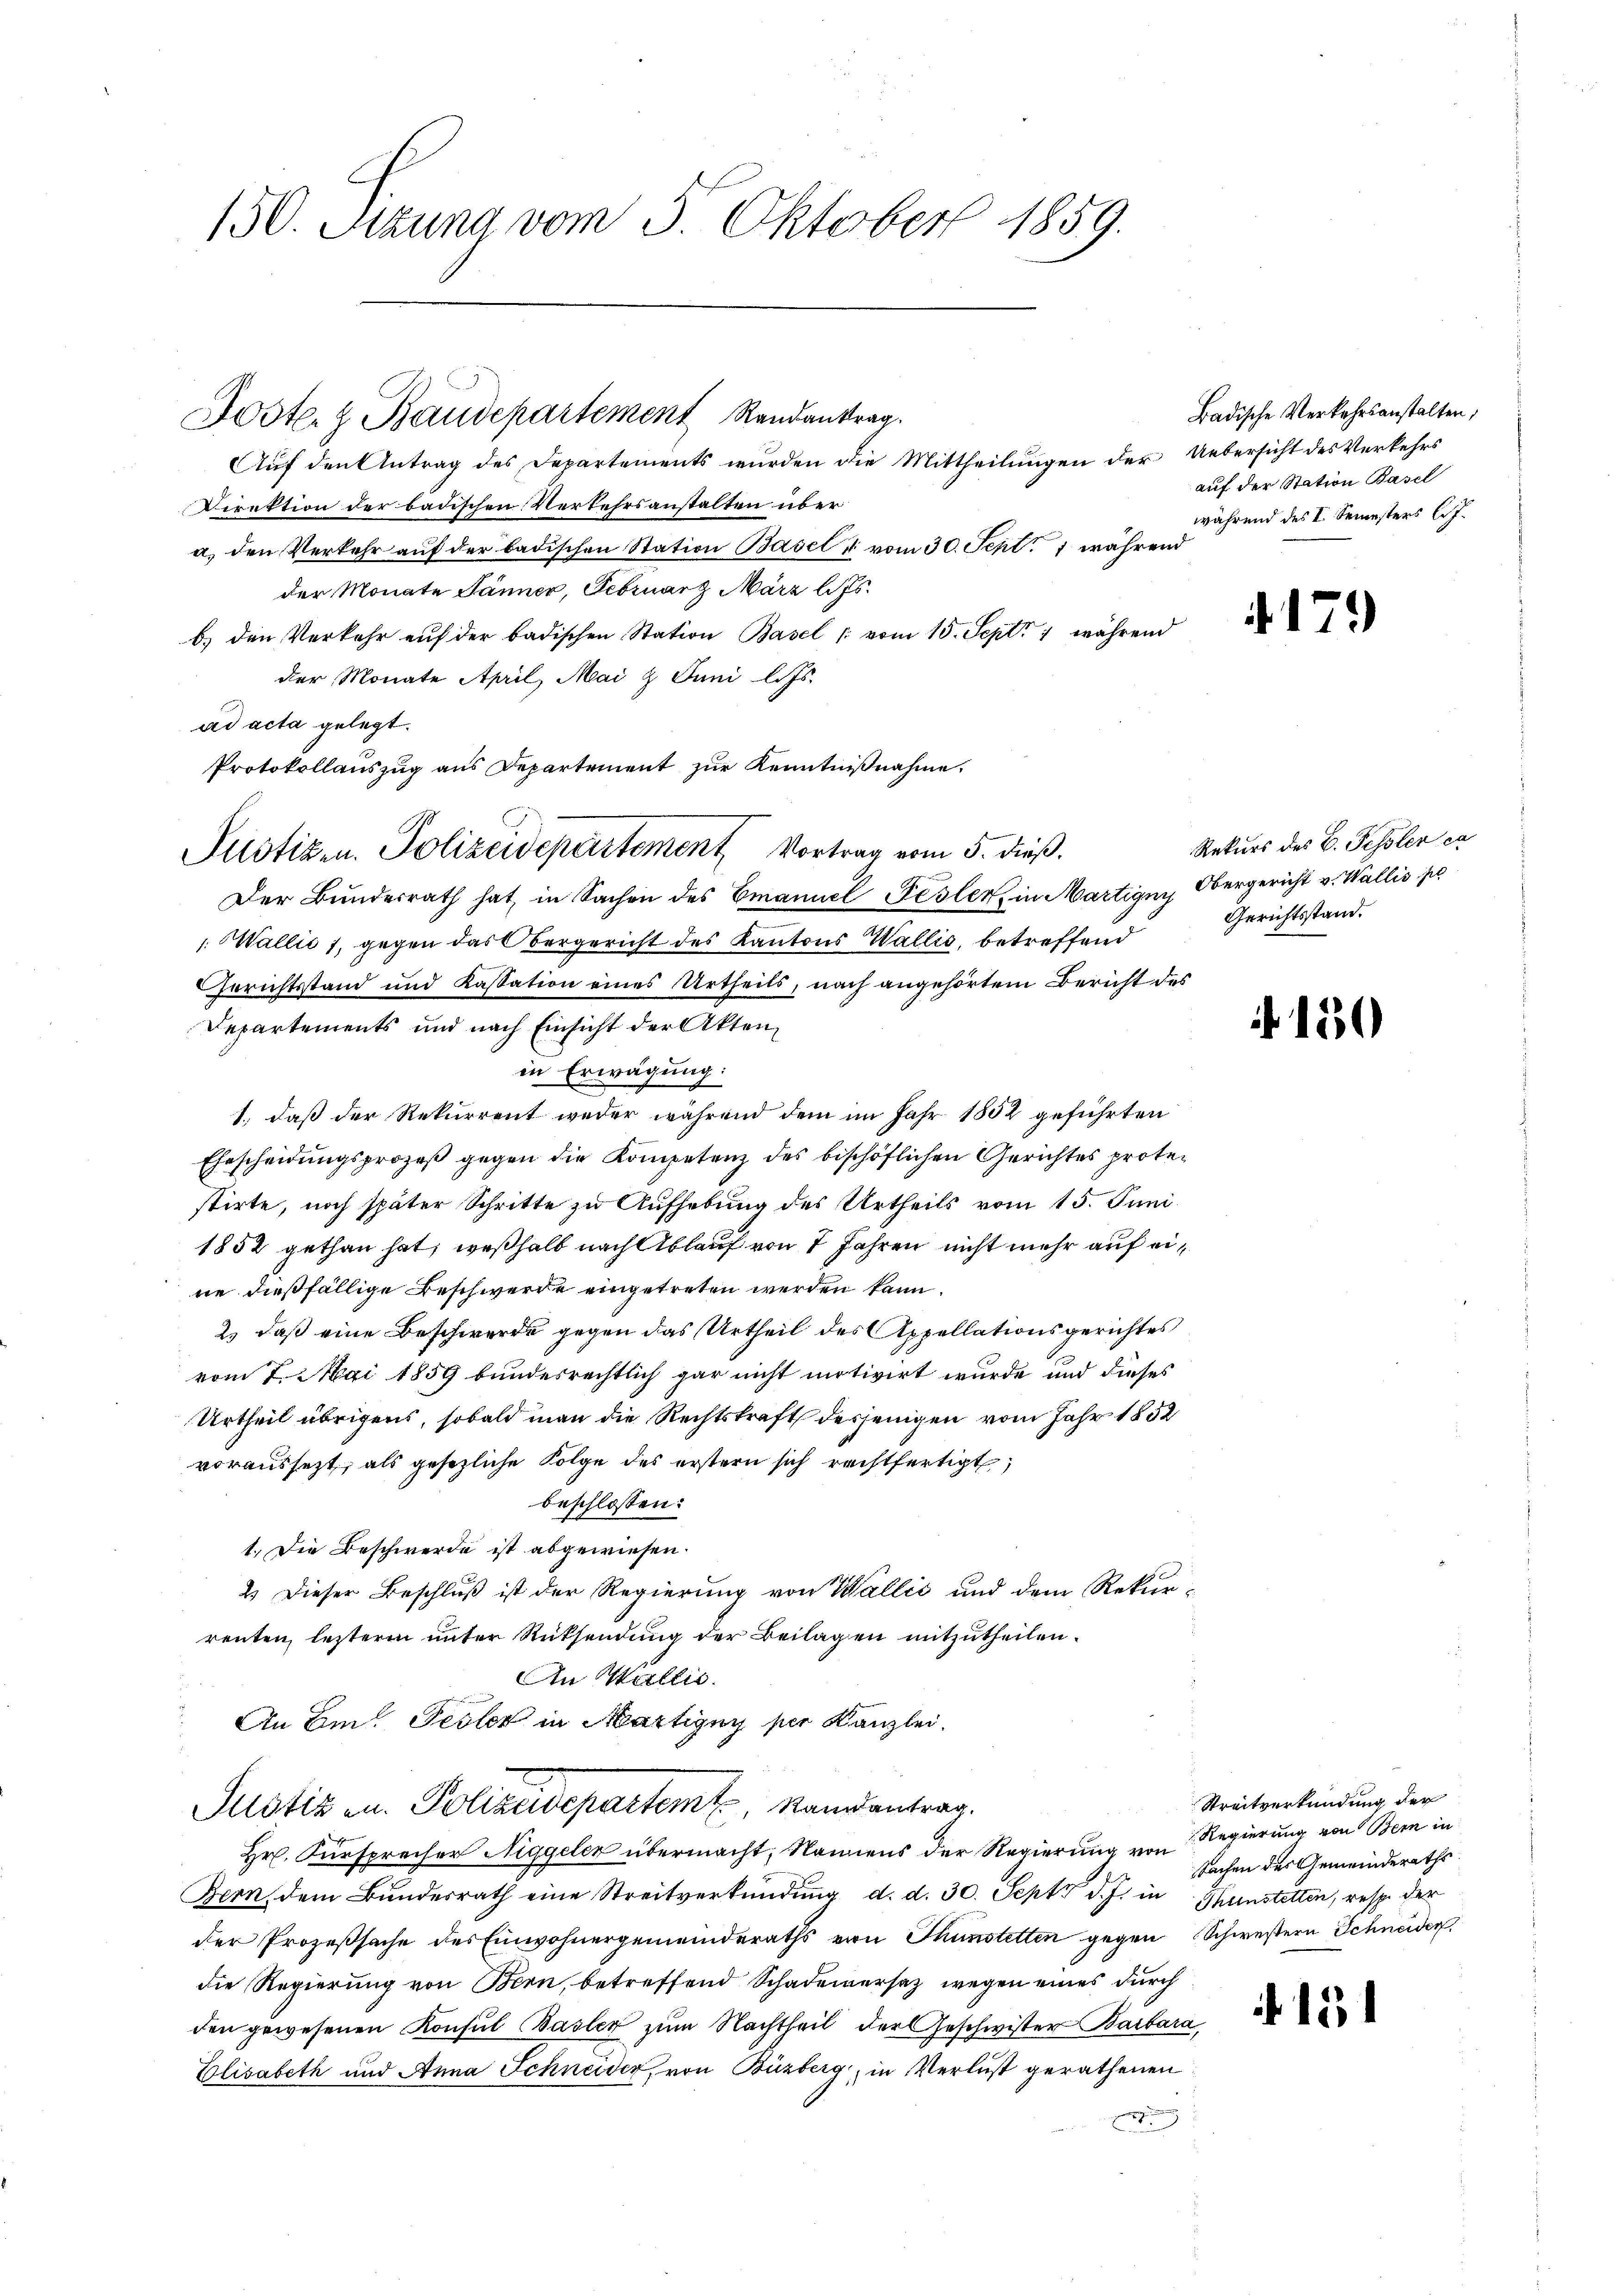
150. Sitzung vom 3. Oktober 1859.

Auf den Antrag des Departements wurden die Mittheilungen der Uebersicht des Verkehrs
Direktion der badischen Verkehrsanstalten über
a) den Verkehr auf der badischen Station Basel & vom 30. Sept. 1 während
der Monate Jänner, Februarz März l. Js.
b.) den Verkehr aŭf der badischen Station Basel vom 15. Sept. 1 während
der Monate April, Mai & Juni l. Js.
ad acta gelegt.
Protokollauszug aus Departement zur Kenntnißnahme,
Der Bundesrath hat, in Sachen des Emanuel Festen, in Martigny Obergericht v. Wallis se
: Wallić 1, gegen das Obergericht des Kantons Wallis, betreffend
Gerichtsstand und Kassation eines Urtheils, nach angehörtem Bericht des
Departements und nach Einsicht der Aktenin Erwägung:
1., daß der Rekurrent weder während dem im Jahr 1852 geführten
Ehescheidŭngsprozeβ gegen die Kompetenz des bischöflichen Gerichtes protestirte, noch später Schritte zu Aufhebung des Urtheils vom 15. Juni
1852 gethan hat; weßhalb nach Ablauf von 7 Jahren nicht mehr auf eine dießfällige Beschwerde eingetreten werden kann.
2) daß eine Beschwerde gegen das Urtheil des Appellationsgerichtes
vom 7. Mai 1859 bundesrechtlich gar nicht motivirt wurde und dieses
Urtheil übrigens, sobald man die Rechtskraft desjenigen vom Jahr 1852
voraussezt, als gesezliche Folge des erstern sich rechtfertigt,
beschlossen:
1.) Die Beschwerde ist abgewiesen.
2.) Dieser Beschluß ist der Regierung von Wallić und dem Rekur-
renten, lezterm ŭnter Rücksendŭng der Beilagen mitzŭtheilen.
An Wallis.
An Ein Fester in Martigny per Kanzlei.
Justiz u. Polizeidepartem Randantrag.
Hr. Fürsprecher Niggeler übermacht, Namens der Regierung von Regierung von Bern in
Bern, dem Bundesrath eine Streitverkündung d. d. 30. Sept d. J. in Thunstetten, resp. der
der Prozeßsache des Einwohnergemeinderaths von Thunstetten gegen Schwestern Schneider
die Regierung von Bern, betreffend Schadenversatz wegen eines durch
den gewesenen Konsul Basler zum Nachtheil der Geschwister Barbara
Elisabeth und Anna Schneider, von Büzberg, in Verlust gerathenen
9

Joster & Baudepartement Randantrag.

Pustizen. Polizeidepartement Vortrag vom 5. dieß.

Badische Verkehrsanstalten,
auf der Station Basel
während des I. Semesters l.J.

4179

Rekurs des C. Fessler ca
Gerichtsstand.

150

Streitverkündung der
Sachen des Gemeinderaths

15